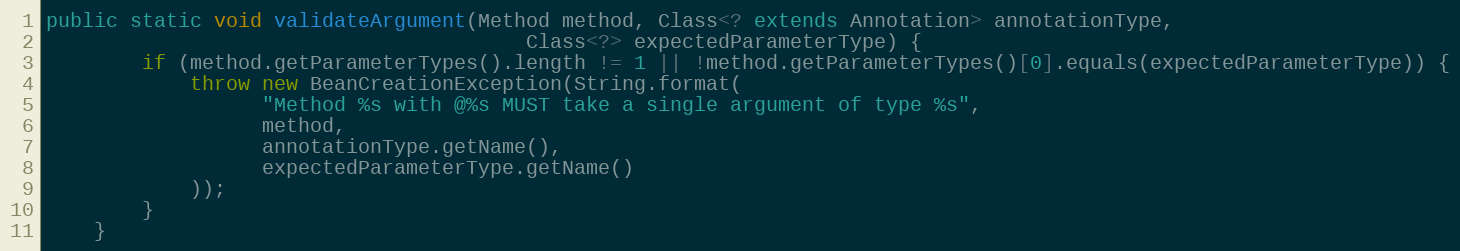
Language: Java
public static void validateArgument(Method method, Class<? extends Annotation> annotationType,
                                        Class<?> expectedParameterType) {
        if (method.getParameterTypes().length != 1 || !method.getParameterTypes()[0].equals(expectedParameterType)) {
            throw new BeanCreationException(String.format(
                  "Method %s with @%s MUST take a single argument of type %s",
                  method,
                  annotationType.getName(),
                  expectedParameterType.getName()
            ));
        }
    }